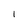
Character: I